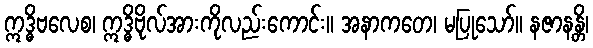
ဣဒ္ဓိဗလေစ၊ ဣဒ္ဓိဗိုလ်အားကိုလည်းကောင်း။ အနာကတေ၊ မပြုသော်။ နဇာနန္တိ၊